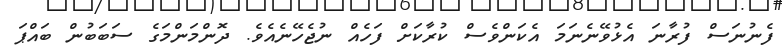
ފެނުނަސް ފުރާނަ އެޅުވޭނެނަމަ އެކަންވެސް ކުރާކަށް ފަހެއް ނުޖެހޭނެއެވެ. ދޮންމަންމަގެ ސަބަބުން ބައްޕަ